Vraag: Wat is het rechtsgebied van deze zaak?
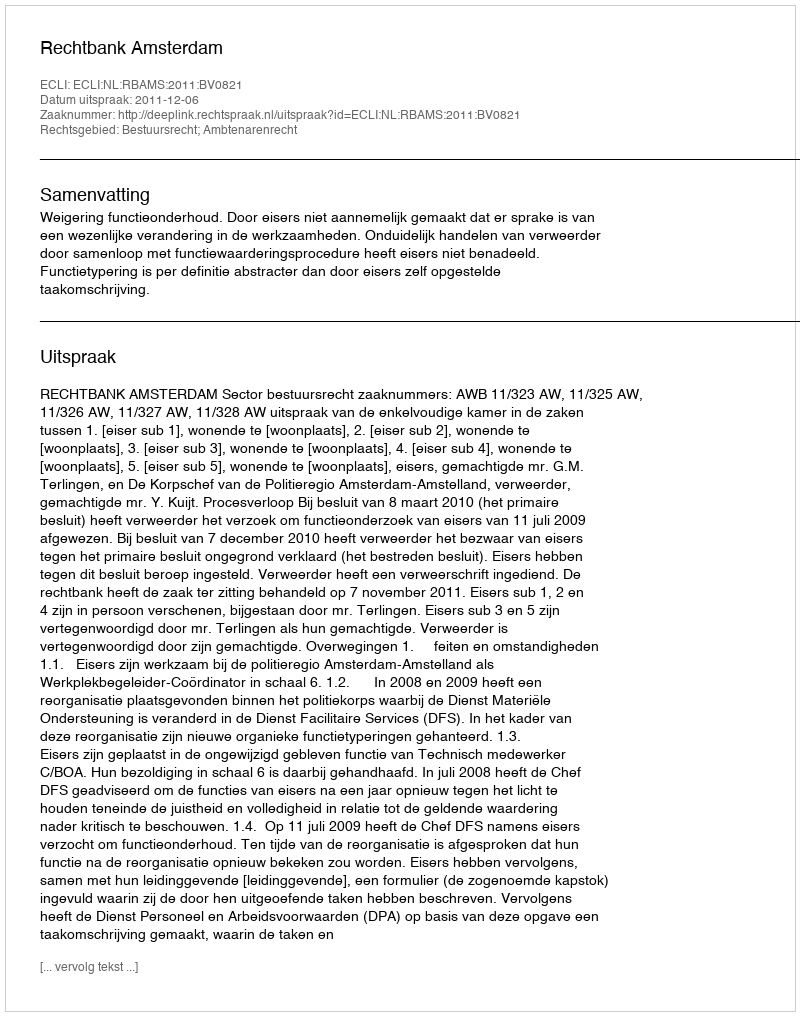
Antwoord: Bestuursrecht; Ambtenarenrecht